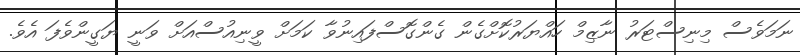
ނަމަވެސް މިނިސްޓަރު ނާޒިމް ހައްޔަރުކޮށްގެން ގެންގޮސްފައިނުވާ ކަމަށް ވީނިއުސްއަށް ވަނީ ޔަގީންވެފަ އެވެ.